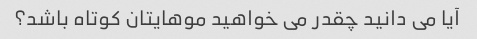
آیا می دانید چقدر می خواهید موهایتان کوتاه باشد؟